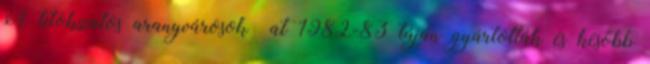
A titokzatos aranyvárosok –at 1982-83 táján gyártották és később